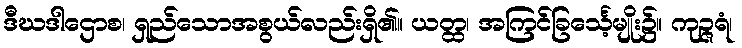
ဒီဃဒါဌောစ၊ ရှည်သောအစွယ်လည်းရှိ၏။ ယတ္ထ၊ အကြင်ခြင်္သေ့မျိုး၌။ ကုဉ္ဇရံ၊